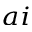
^ { a i }